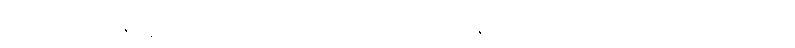
တိကစတုက္ကဇ္ဈာနဝသေန၊ တိက စတုက္ကဈာန်၏ အစွမ်းဖြင့်။ အပ္ပနာဝ၊ အပ္ပနာကိုသာလျှင်။